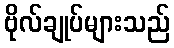
ဗိုလ်ချုပ်များသည်